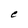
Character: C